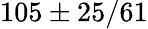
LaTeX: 105\pm 25/61